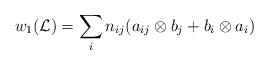
\begin{align*}w_{1}(\mathcal{L})=\sum_{i}n_{ij}(a_{ij}\otimes b_{j}+b_{i}\otimes a_{i}) \end{align*}